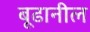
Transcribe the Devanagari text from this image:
बूढानील